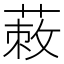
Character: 蓛